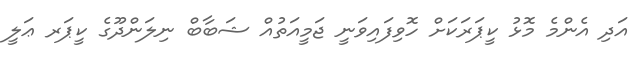
އަދި އެންމެ މޮޅު ކީޕަރަކަށް ހޮވިފައިވަނީ ޖަމީއަތުއް ޝަބާބް ނިލަންދޫގެ ކީޕަރ ޢަލީ